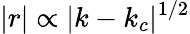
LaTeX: |r|\propto|k-k_{c}|^{1/2}